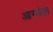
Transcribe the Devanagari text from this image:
आरवेल